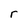
Character: r